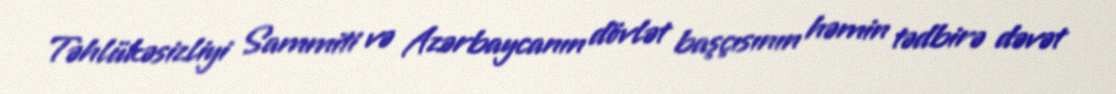
Təhlükəsizliyi Sammiti və Azərbaycanın dövlət başçısının həmin tədbirə dəvət